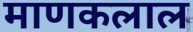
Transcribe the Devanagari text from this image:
माणकलाल